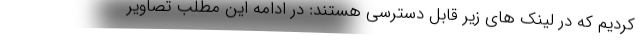
کردیم که در لینک های زیر قابل دسترسی هستند: در ادامه این مطلب تصاویر